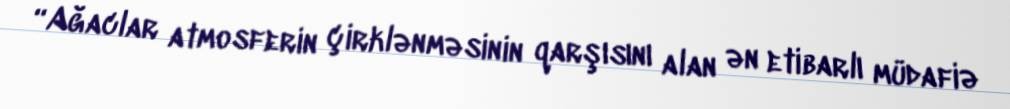
“Ağaclar atmosferin çirklənməsinin qarşısını alan ən etibarlı müdafiə